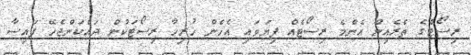
ރިސޯޓްގެ ތެރެއިން އެންމެ ރިސޯޓެއް ފިޔަވައި އެހެން ހުރިހާ ރިސޯޓަކުން ދައްކަންޖެހޭ ފައިސާ